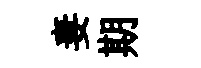
妻期